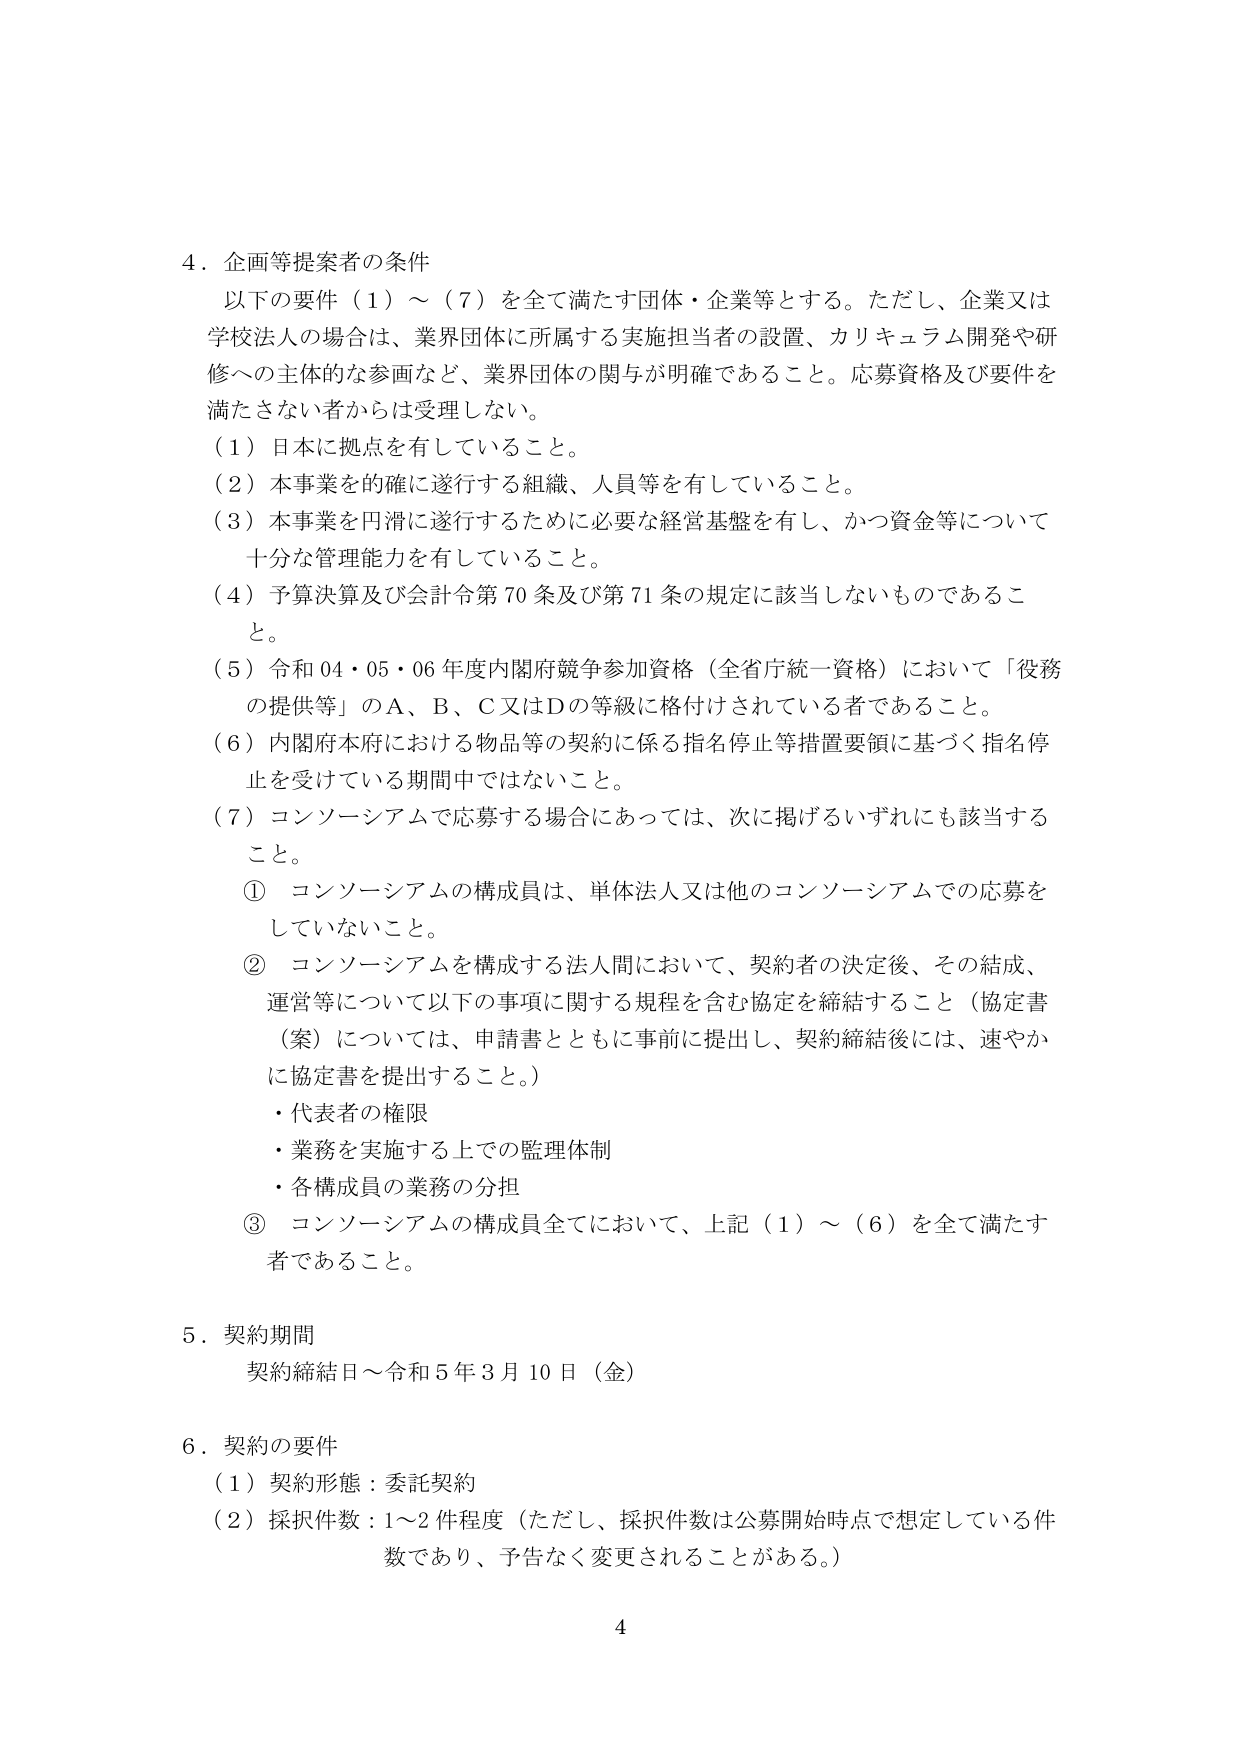
4．企画等提案者の条件
以下の要件（1）～（7）を全て満たす団体・企業等とする。ただし、企業又は学校法人の場合は、業界団体に所属する実施担当者の設置、カリキュラム開発や研修への主体的な参画など、業界団体の関与が明確であること。応募資格及び要件を満たさない者からは受理しない。
（1）日本に拠点を有していること。
（2）本事業を的確に遂行する組織、人員等を有していること。
（3）本事業を円滑に遂行するために必要な経営基盤を有し、かつ資金等について十分な管理能力を有していること。
（4）予算決算及び会計令第70条及び第71条の規定に該当しないものであること。
（5）令和04・05・06年度内閣府競争参加資格（全省庁統一資格）において「役務の提供等」のA、B、C又はDの等級に格付けされている者であること。
（6）内閣府本府における物品等の契約に係る指名停止等措置要領に基づく指名停止を受けている期間中ではないこと。
（7）コンソーシアムで応募する場合にあっては、次に掲げるいずれにも該当すること。
① コンソーシアムの構成員は、単体法人又は他のコンソーシアムでの応募をしていないこと。
② コンソーシアムを構成する法人間において、契約者の決定後、その結成、運営等について以下の事項に関する規程を含む協定を締結すること（協定書（案）については、申請書とともに事前に提出し、契約締結後には、速やかに協定書を提出すること。）
・代表者の権限
・業務を実施する上での監理体制
・各構成員の業務の分担
③ コンソーシアムの構成員全てにおいて、上記（1）～（6）を全て満たす者であること。

5．契約期間
契約締結日～令和5年3月10日（金）

6．契約の要件
（1）契約形態：委託契約
（2）採択件数：1～2件程度（ただし、採択件数は公募開始時点で想定している件数であり、予告なく変更されることがある。）

4